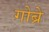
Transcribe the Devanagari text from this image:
गोब्रे